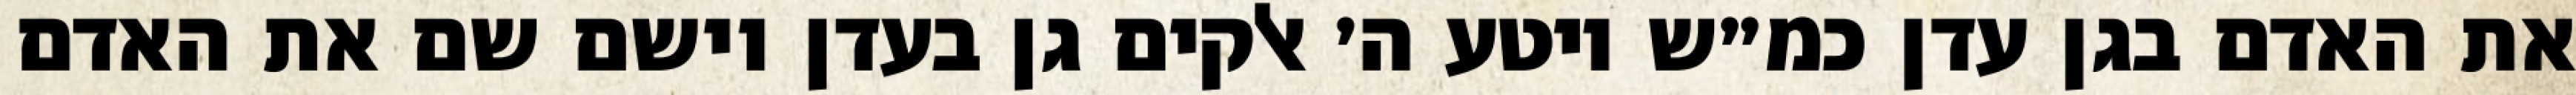
את האדם בגן עדן כמ״ש ויטע ה׳ אלקים גן בעדן וישם שם את האדם